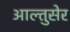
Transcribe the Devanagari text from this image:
आल्तुसेर